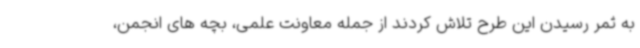
به ثمر رسیدن این طرح تلاش کردند از جمله معاونت علمی، بچه های انجمن،